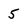
Character: 5